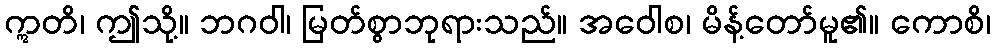
ဣတိ၊ ဤသို့။ ဘဂဝါ၊ မြတ်စွာဘုရားသည်။ အဝေါစ၊ မိန့်တော်မူ၏။ ကောစိ၊